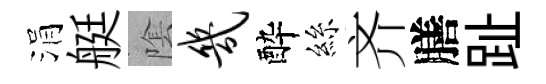
涓艇隂几酔絲齐膳趾